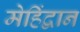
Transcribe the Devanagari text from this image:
मेहिंद्वान